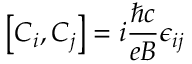
\left[ C _ { i } , C _ { j } \right] = i \frac { \hbar c } { e B } \epsilon _ { i j }